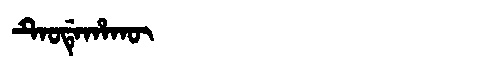
Manchu: ᡨᡝᠣᡩᡝᡥᠠᡴᡡ
Romanization: TEODEHAKŪ